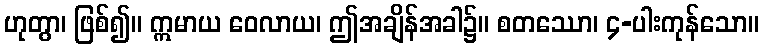
ဟုတွာ၊ ဖြစ်၍။ ဣမာယ ဝေလာယ၊ ဤအချိန်အခါ၌။ စတဿော၊ ၄-ပါးကုန်သော။